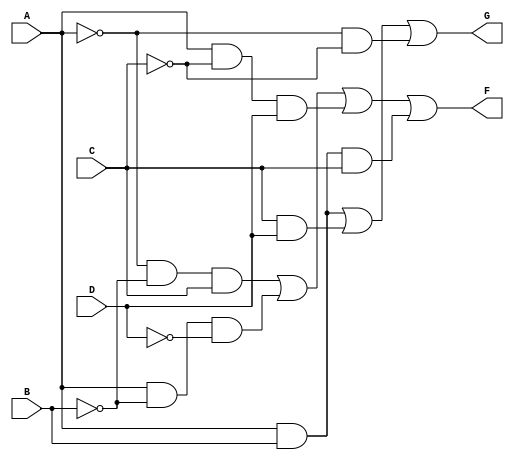
module combinational_logic (
    input wire A,
    input wire B,
    input wire C,
    input wire D,
    output wire F,
    output wire G
);

// Intermediate signals for the logic expressions
wire notA, notB, notC, notD;
wire term1, term2, term3, term4; // For function F
wire term5, term6; // For function G

// Inverters
not u1(notA, A);
not u2(notB, B);
not u3(notC, C);
not u4(notD, D);

// Simplified Boolean expression for F derived from K-map or Boolean algebra
// Example: F = A'B'C + AB'D' + AC'D + ABC
assign term1 = notA & notB & C;    // A'B'C
assign term2 = A & notB & notD;     // AB'D'
assign term3 = A & notC & D;        // AC'D
assign term4 = A & B & C;           // ABC
assign F = term1 | term2 | term3 | term4; // Combine terms with OR

// Simplified Boolean expression for G derived from K-map or Boolean algebra
// Example: G = AB + CD + A'C'
assign term5 = A & B;                // AB
assign term6 = C & D;                // CD
assign G = term5 | term6 | (notA & notC); // Combine terms with OR

endmodule